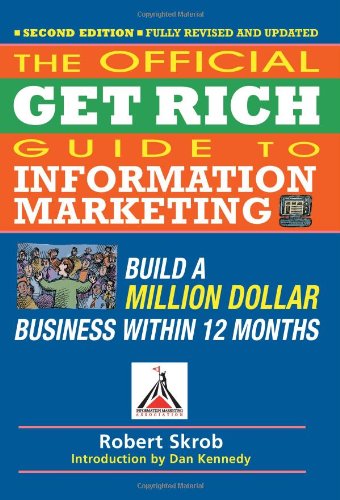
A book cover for The Official Get Rich Guide to Information Marketing: Build a Million Dollar Business Within 12 Months; Robert Skrob; Computers & Technology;